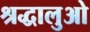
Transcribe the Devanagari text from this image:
श्रद्धालुओ